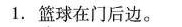
1.篮球在门后边。